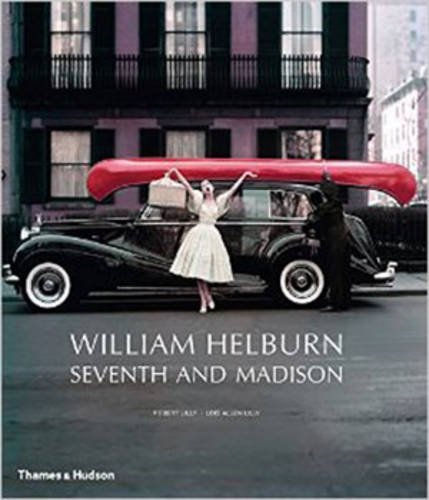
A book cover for William Helburn: Seventh and Madison: Mid-Century Fashion and Advertising Photography; Robert Lilly; Arts & Photography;